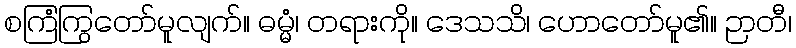
စကြံကြွတော်မူလျက်။ ဓမ္မံ၊ တရားကို။ ဒေသသိ၊ ဟောတော်မူ၏။ ဉာတီ၊